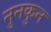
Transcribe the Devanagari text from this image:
नुनकुन